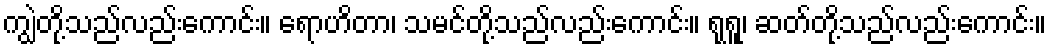
ကျွဲတို့သည်လည်းကောင်း။ ရောဟိတာ၊ သမင်တို့သည်လည်းကောင်း။ ရုရူ၊ ဆတ်တို့သည်လည်းကောင်း။